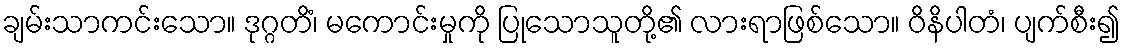
ချမ်းသာကင်းသော။ ဒုဂ္ဂတိံ၊ မကောင်းမှုကို ပြုသောသူတို့၏ လားရာဖြစ်သော။ ဝိနိပါတံ၊ ပျက်စီး၍